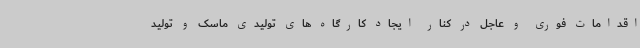
اقدامات فوری و عاجل در کنار ایجاد کارگاه های تولیدی ماسک و تولید